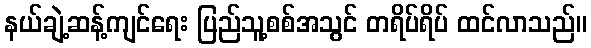
နယ်ချဲ့ဆန့်ကျင်ရေး ပြည်သူ့စစ်အသွင် တရိပ်ရိပ် ထင်လာသည်။